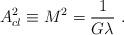
LaTeX: \begin{align*}A^2_{cl} \equiv M^2 = \frac{1}{G\lambda} \ .\end{align*}